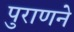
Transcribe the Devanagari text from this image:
पुराणने